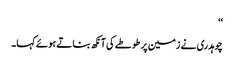
‘‘
چوہدری نے زمین پر طوطے کی آنکھ بناتے ہوئے کہا۔